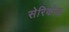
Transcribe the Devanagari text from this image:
सेरिकोज़